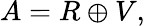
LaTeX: A=R\oplus V,